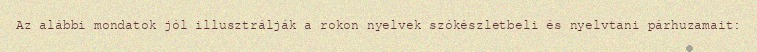
Az alábbi mondatok jól illusztrálják a rokon nyelvek szókészletbeli és nyelvtani párhuzamait: